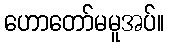
ဟောတော်မမူအပ်။